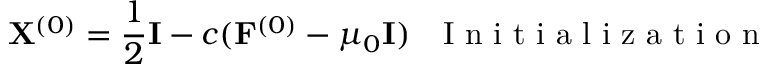
{ \bf X } ^ { ( 0 ) } = \frac { 1 } { 2 } { \bf I } - c ( { \bf F } ^ { ( 0 ) } - \mu _ { 0 } { \bf I } ) ~ ~ \mathrm { ~ I ~ n ~ i ~ t ~ i ~ a ~ l ~ i ~ z ~ a ~ t ~ i ~ o ~ n ~ }